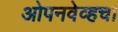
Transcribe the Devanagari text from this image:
ओपनवेव्हचा